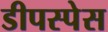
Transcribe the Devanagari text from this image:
डीपस्पेस